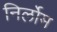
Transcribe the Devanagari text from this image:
निर्लोम